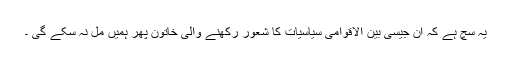
یہ سچ ہے کہ ان جیسی بین الاقوامی سیاسیات کا شعور رکھنے والی خاتون پھر ہمیں مل نہ سکے گی ۔